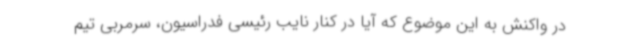
در واکنش به این موضوع که آیا در کنار نایب رئیسی فدراسیون، سرمربی تیم